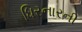
ધિરનારની